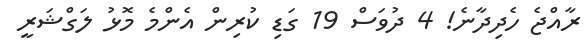
ރާއްޖެ ހެދިދާނެ! 4 ދުވަސް 19 ގަޑި ކުރިން އެންމެ މޮޅު ލަގްޝަރީ